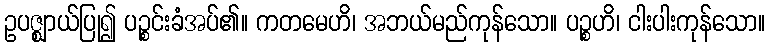
ဥပဇ္ဈာယ်ပြု၍ ပဉ္စင်းခံအပ်၏။ ကတမေဟိ၊ အဘယ်မည်ကုန်သော။ ပဉ္စဟိ၊ ငါးပါးကုန်သော။